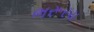
ભરૂરચ